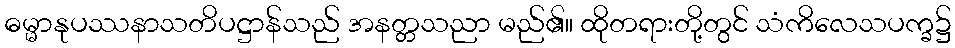
ဓမ္မာနုပဿနာသတိပဋ္ဌာန်သည် အနတ္တသညာ မည်၏။ ထိုတရားတို့တွင် သံကိလေသပက္ခ၌